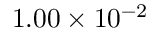
1 . 0 0 \times 1 0 ^ { - 2 }